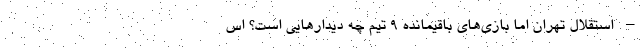
– استقلال تهران اما بازی‌های باقیمانده ۹ تیم چه دیدارهایی است؟ اس